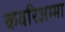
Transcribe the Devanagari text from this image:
कवरिअम्मा